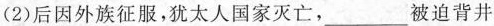
(2)后因外族征服，犹太人国家灭亡，\underline迫背井